Lunatic asylums Punjab 1868-1880 - 1868-1880
Year: 1868
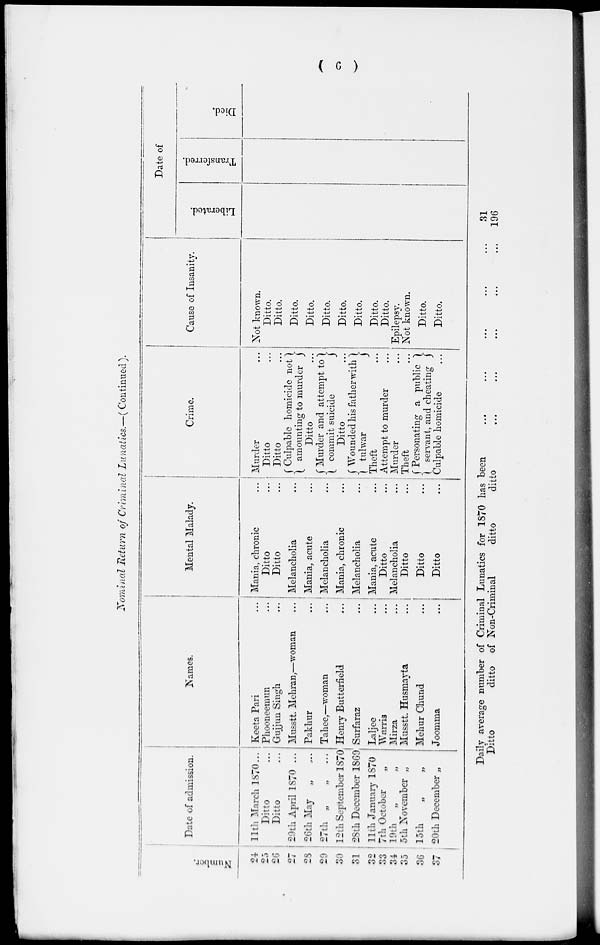
( 6 )
Nominal Return of Criminal Lunatics.—(Continued ).
Number.
24
25
26
27
28
29
30
31
32
33
34
35
36
37
Date of admission.
11th March 1870 ...
Ditto ...
Ditto
...
29th April 1870 ...
26th May „ ...
27th
„
„
.
. .
12th September 1870
28th December 1869
11th January 1870
7th October
„
19th
„
„
5th November „
15th
„
„
20th December „
Names.
Keeta Pari ...
Phooneemun ...
Gujjun Singh
...
Musstt. Mehran,—woman ...
Pakhur ...
Tahee,—woman
...
Henry Butterfield
...
Surfaraz ...
Laljee ...
Warris ...
Mirza ...
Musstt. Husmayta ...
Mehur Cnund ...
Joomma ...
Mental Malady.
Mania, chronic ...
Ditto ...
Ditto ...
Melancholia ...
Mania, acute ...
Melancholia
...
Mania, chronic ...
Melancholia ...
Mania, acute ...
Ditto ...
Melancholia ...
Ditto ...
Ditto ...
Ditto ...
Crime.
Murder ...
Ditto ...
Ditto ...
Culpable homicide not
amounting to murder
Ditto ...
Murder and attempt to
commit suicide
Ditto ...
Wounded his father with
tulwar
Theft ...
Attempt to murder ...
Murder ...
Theft
...
Personating a public
servant, and cheating
Culpable homicide ...
Cause of Insanity.
Not known.
Ditto.
Ditto.
Ditto.
Ditto.
Ditto.
Ditto.
Ditto.
Ditto.
Ditto.
Epilepsy.
Not known.
Ditto.
Ditto.
Date of
Liberated.
Transfered
Died.
Daily average number of Criminal Lunatics for 1870 has been
...
...
...
...
...
Ditto
ditto of Non-Criminal
ditto
ditto ... ... ... ... ...
31
196